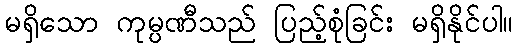
မရှိသော ကုမ္ပဏီသည် ပြည့်စုံခြင်း မရှိနိုင်ပါ။